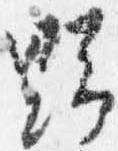
野